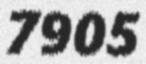
7905